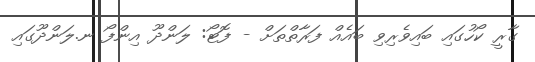
ގާރީ ކޯހުގައި ބައިވެރިވި ބައެއް ފަރާތްތަށް - ފޮޓޯ: ލަންދޫ އިންފޯ ނ.ލަންދޫގައި